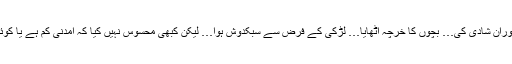
میں نے اپنی سرکاری ملازمت کے دوران شادی کی… بچوں کا خرچہ اٹھایا… لڑکی کے فرض سے سبکدوش ہوا… لیکن کبھی محسوس نہیں کیا کہ آمدنی کم ہے یا کوئی ضرورت پوری ہونے سے رہ گئی۔